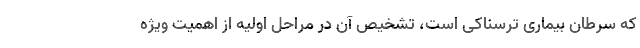
که سرطان بیماری ترسناکی است، تشخیص آن در مراحل اولیه از اهمیت ویژه